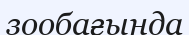
зообағында